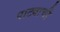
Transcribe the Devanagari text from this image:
पाट्याची